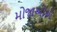
મોજાઓએ